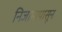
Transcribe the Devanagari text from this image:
निजामापासून